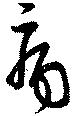
病